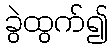
ခွဲထွက်၍